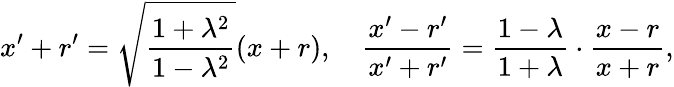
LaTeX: x^{\prime}+r^{\prime}={\sqrt{\frac{1+\lambda^{2}}{1-\lambda^{2}}}}(x+r),\quad{\frac{x^{\prime}-r^{\prime}}{x^{\prime}+r^{\prime}}}={\frac{1-\lambda}{1+\lambda}}\cdot{\frac{x-r}{x+r}},